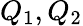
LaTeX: Q_{1},Q_{2}